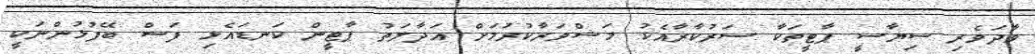
ވާދަވެރި ސިޔާސީ ޕާޓީތަކާ ސަރުކާރާއެކު މަޝްވަރާކުރުމަށް އަދާލަތު ޕާޓީން ކަނޑައެޅި ފަސް ބޭފުޅުންނަކީ